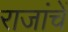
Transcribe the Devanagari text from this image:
राजांचें